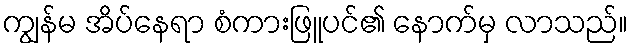
ကျွန်မ အိပ်နေရာ စံကားဖြူပင်၏ နောက်မှ လာသည်။